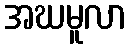
အဃမူလာ